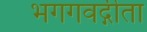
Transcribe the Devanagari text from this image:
भगगवद्गीता